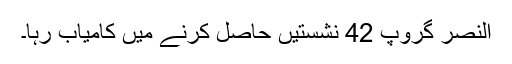
النصر گروپ 42 نشستیں حاصل کرنے میں کامیاب رہا۔